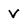
Character: V